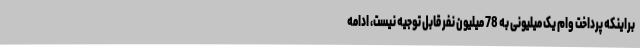
براینکه پرداخت وام یک میلیونی به 78 میلیون نفر قابل توجیه نیست، ادامه